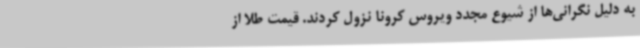
به دلیل نگرانی‌ها از شیوع مجدد ویروس کرونا نزول کردند. قیمت طلا از